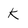
Character: K